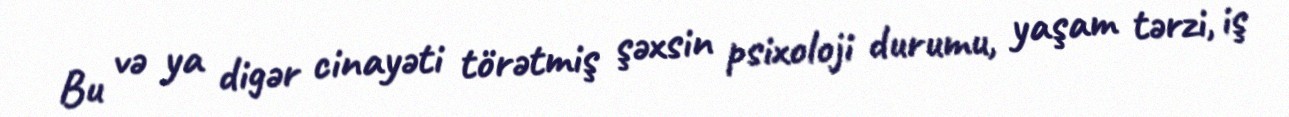
Bu və ya digər cinayəti törətmiş şəxsin psixoloji durumu, yaşam tərzi, iş